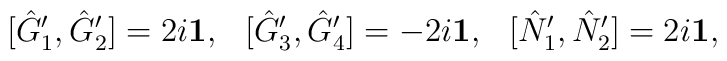
[\hat{G}_{1}^{\prime},\hat{G}_{2}^{\prime}]=2i{\bf 1}, \hspace{0.3cm}[\hat{G}_{3}^{\prime},\hat{G}_{4}^{\prime}]=-2i{\bf 1},\hspace{0.3cm}[\hat{N}_{1}^{\prime},\hat{N}_{2}^{\prime}]=2i{\bf 1},